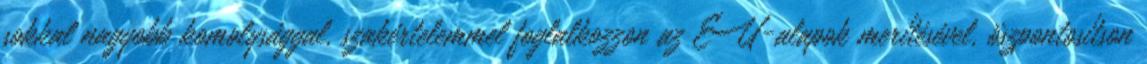
sokkal nagyobb komolysággal, szakértelemmel foglalkozzon az EU-alapok merítésével, öszpontosítson